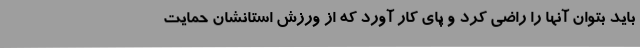
باید بتوان آنها را راضی کرد و پای کار آورد که از ورزش استانشان حمایت